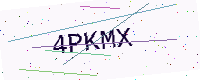
Text: 4PKMX